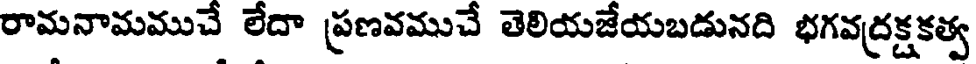
రామనామముచే లేదా ప్రణవముచే తెలియజేయబడునది భగవద్రక్షకత్వ